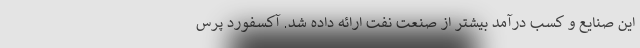
این صنایع و کسب درآمد بیشتر از صنعت نفت ارائه داده شد. آکسفورد پرس